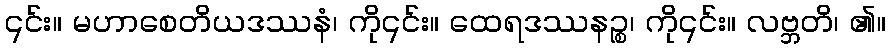
၎င်း။ မဟာစေတိယဒဿနံ၊ ကို၎င်း။ ထေရဒဿနဉ္စ၊ ကို၎င်း။ လဗ္ဘတိ၊ ၏။